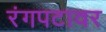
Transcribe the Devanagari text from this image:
रंगपटावर